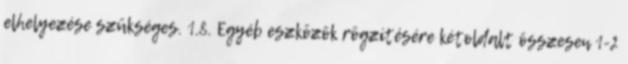
elhelyezése szükséges. 1.8. Egyéb eszközök rögzítésére kétoldalt összesen 1-2